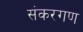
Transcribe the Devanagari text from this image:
संकरगण